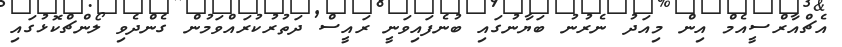
އެޗްއާރްސީއެމް އިން މިއަދު ނެރުނު ބަޔާނުގައި ބުނެފައިވަނީ ރައީސް ދަތުރުކުރައްވަމުން ގެންދެވި ލޯންޗްކޮޅުގައި